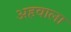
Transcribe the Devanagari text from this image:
अहवाला